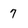
Character: 7